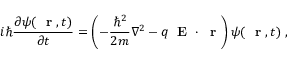
i \hbar \frac { \partial \psi ( \mathrm { ~ \bf ~ r ~ } , t ) } { \partial t } = \left( - \frac { \hbar ^ { 2 } } { 2 m } \nabla ^ { 2 } - q \mathrm { ~ \bf ~ E ~ } \cdot \mathrm { ~ \bf ~ r ~ } \right) \psi ( \mathrm { ~ \bf ~ r ~ } , t ) \; ,